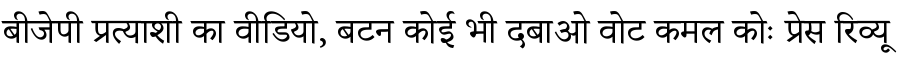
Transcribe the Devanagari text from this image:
बीजेपी प्रत्याशी का वीडियो, बटन कोई भी दबाओ वोट कमल कोः प्रेस रिव्यू